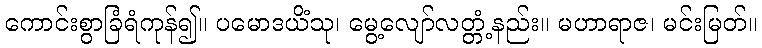
ကောင်းစွာခြံရံကုန်၍။ ပမောဒယိံသု၊ မွေ့လျော်လတ္တံ့နည်း။ မဟာရာဇ၊ မင်းမြတ်။